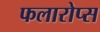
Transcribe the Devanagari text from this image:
फलारोप्स